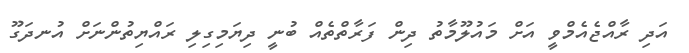
އަދި ރާއްޖެއެމްވީ އަށް މައުލޫމާތު ދިން ފަރާތްތެއް ބުނީ ދިޔަމިގިލި ރައްޔިތުންނަށް އުނދަގޫ